Annual returns of the Patna Lunatic Asylum at Bankipore in Bihar and Orissa - 1912-1924
Year: 1912
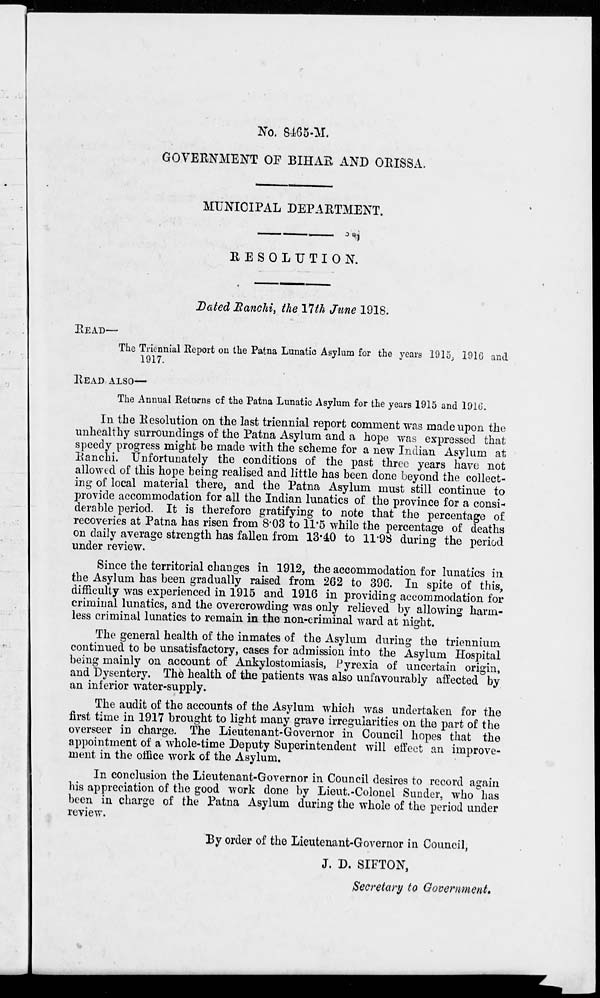
No. 8465-M.
GOVERNMENT OF BIHAR AND ORISSA.
MUNICIPAL DEPARTMENT.
RESOLUTION.
Dated Ranchi, the 17th June 1918.
READ—
The Triennial Report on the Patna Lunatic Asylum for the years 1915, 1916 and
1917.
READ ALSO—
The Annual Returns of the Patna Lunatic Asylum for the years 1915 and 1916.
In the Resolution on the last triennial report comment was made upon the
unhealthy surroundings of the Patna Asylum and a hope was expressed that
speedy progress might be made with the scheme for a new Indian Asylum at
Ranchi. Unfortunately the conditions of the past three years have not
allowed of this hope being realised and little has been done beyond the collect-
ing of local material there, and the Patna Asylum must still continue to
provide accommodation for all the Indian lunatics of the province for a consi-
derable period. It is therefore gratifying to note that the percentage of
recoveries at Patna has risen from 8.03 to 11.5 while the percentage of deaths
on daily average strength has fallen from 13.40 to 11.98 during the period
under review.
Since the territorial changes in 1912, the accommodation for lunatics in
the Asylum has been gradually raised from 262 to 396. In spite of this,
difficulty was experienced in 1915 and 1916 in providing accommodation for
criminal lunatics, and the overcrowding was only relieved by allowing harm-
less criminal lunatics to remain in the non-criminal ward at night.
The general health of the inmates of the Asylum during the triennium.
continued to be unsatisfactory, cases for admission into the Asylum Hospital
being mainly on account of Ankylostomiasis, Pyrexia of uncertain origin,
and Dysentery. The health of the patients was also unfavourably affected by
an inferior water-supply.
The audit of the accounts of the Asylum which was undertaken for the
first time in 1917 brought to light many grave irregularities on the part of the
overseer in charge. The Lieutenant-Governor in Council hopes that the
appointment of a whole-time Deputy Superintendent will effect an improve-
ment in the office work of the Asylum.
In conclusion the Lieutenant-Governor in Council desires to record again
his appreciation of the good work done by Lieut.-Colonel Sunder, who has
been in charge of the Patna Asylum during the whole of the period under
review.
By order of the Lieutenant-Governor in Council,
J. D. SIFTON,
Secretary to Government.